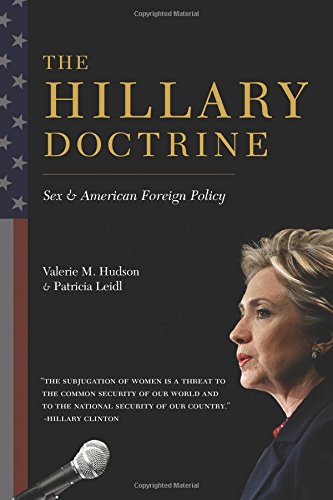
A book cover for The Hillary Doctrine: Sex and American Foreign Policy; Valerie M. Hudson; Politics & Social Sciences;